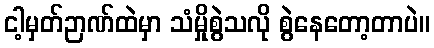
ငါ့မှတ်ဉာဏ်ထဲမှာ သံမှိုစွဲသလို စွဲနေတော့တာပဲ။